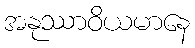
အနုဿာဝိယမာနေ